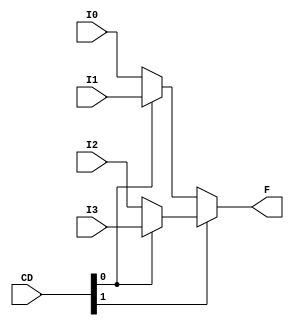
module mux4to1_assign(input [3:0] I0, input [3:0] I1, input [3:0] I2, input [3:0] I3, input [1:0] CD, output [3:0] F);

    assign #10 F = CD[1] ? (CD[0] ? I3 : I2) : (CD[0] ? I1 : I0);

endmodule